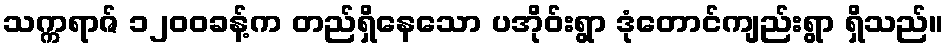
သက္ကရာဇ် ၁၂၀၀ခန့်က တည်ရှိနေသော ပအိုဝ်းရွာ ဒုံတောင်ကျည်းရွာ ရှိသည်။